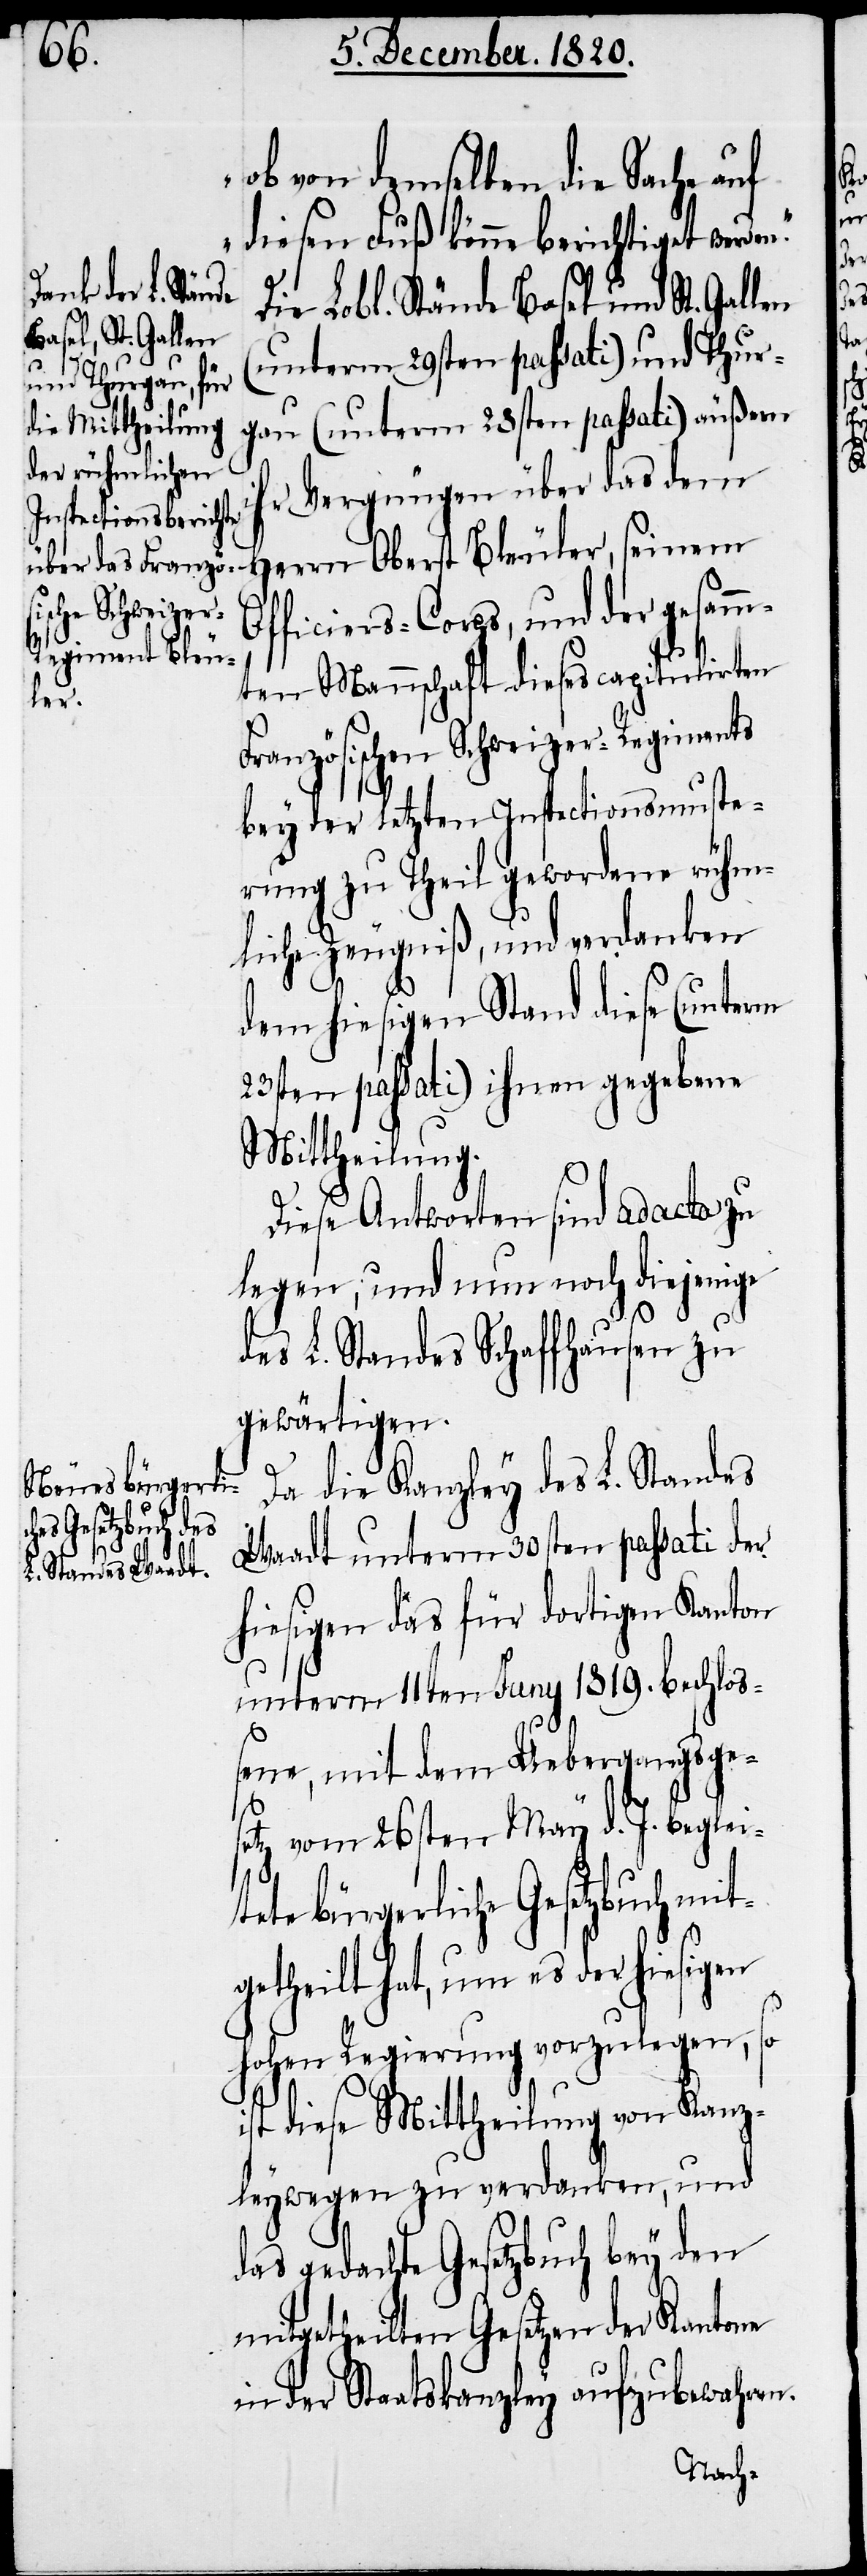
ob von demselben die Sache auf
diesen Fuß könne berichtiget werden.“
ie Lobl. Stände Basel und St. Gallen
ih¬
(unterm 29sten passati) und Thur¬
gau (unterm 28sten passati) äußern
r Vergnügen über das dem
Herrn Oberst Bleuler, seinem
Officiers-Corps, und der gesamm¬
ten Mannschaft dieses Capitulirten
tete
Französischen Schweizer-Regiments
bey der letzten Inspectionsmuste¬
rung zu Theil gewordene rühm¬
liche Zeugniß, und verdanken
dem hiesigen Stand diese (unterm
23sten passati) ihnen gegebene
Mittheilung.
Diese Antworten sind ad acta zu
legen, und nun noch diejenige
des L. Standes Schaffhausen zu
gewärtigen.
Da die Kanzley des L. Standes
unterm 11ten Juny 1819. beschlos¬
sene, mit dem Uebergangsges¬
etz vom 26sten May d. J. beglei¬
bürgerliche Gesetzbuch mi¬
t¬
getheilt hat, um es der hiesigen
hohen Regierung vorzulegen, so
ist diese Mittheilung von Kanz¬
leywegen zu verdanken, und
das gedacht Gesetzbuch bey den
mitgetheilten Gesetzen der Kantone
in der Staatskanzley aufzubewahren.